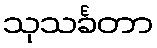
သုသင်္ခတာ